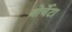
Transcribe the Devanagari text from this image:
बोर्चेटा